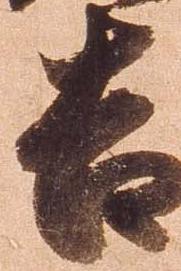
吉